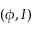
( \phi , I )